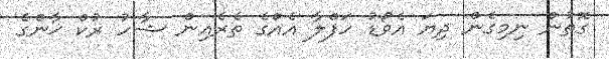
ގޮތުން ނިމިގެން ދިޔަ އެވޯޑު ހަފްލާ އެއްގެ ތެރެއިން ޝާހު ރުކް ޚާންގެ